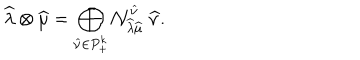
LaTeX: \widehat { \lambda } \otimes \widehat { \mu } = \bigoplus _ { \widehat { \nu } \in P _ { + } ^ { k } } { \cal N } _ { \widehat { \lambda } \widehat { \mu } } ^ { \widehat { \nu } } \ \widehat { \nu } .